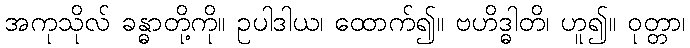
အကုသိုလ် ခန္ဓာတို့ကို။ ဥပါဒါယ၊ ထောက်၍။ ဗဟိဒ္ဓါတိ၊ ဟူ၍။ ဝုတ္တာ၊